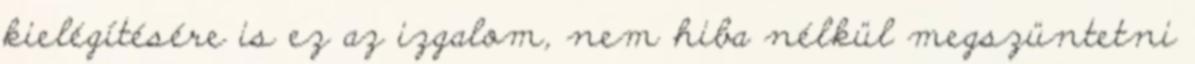
kielégítésére is ez az izgalom, nem hiba nélkül megszüntetni